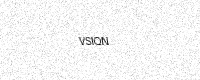
Text: VSIQN